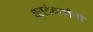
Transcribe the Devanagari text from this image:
कादंबर्यांची